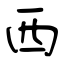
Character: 西